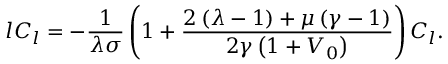
l C _ { l } = - \frac { 1 } { \lambda \sigma } \left( 1 + \frac { 2 \left( \lambda - 1 \right) + \mu \left( \gamma - 1 \right) } { 2 \gamma \left( 1 + V _ { 0 } \right) } \right) C _ { l } .